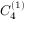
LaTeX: { C } _ { 4 } ^ { ( 1 ) }